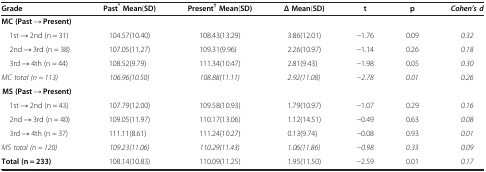
<table><thead><tr><td><b>Grade</b></td><td><b>Past<sup>*</sup>Mean(SD)</b></td><td><b>Present<sup>†</sup>Mean(SD)</b></td><td><b>Δ Mean(SD)</b></td><td><b>t</b></td><td><b>p</b></td><td><b><i>Cohen’s d</i></b></td></tr></thead><tbody><tr><td><b>MC (Past → Present)</b></td><td> </td><td> </td><td> </td><td> </td><td> </td><td> </td></tr><tr><td> 1st <b>→</b> 2nd (n = 31)</td><td>104.57(10.40)</td><td>108.43(13.29)</td><td>3.86(12.01)</td><td>−1.76</td><td>0.09</td><td><i>0.32</i></td></tr><tr><td> 2nd <b>→</b> 3rd (n = 38)</td><td>107.05(11.27)</td><td>109.31(9.96)</td><td>2.26(10.97)</td><td>−1.14</td><td>0.26</td><td><i>0.18</i></td></tr><tr><td> 3rd <b>→</b> 4th (n = 44)</td><td>108.52(9.79)</td><td>111.34(10.47)</td><td>2.81(9.43)</td><td>−1.98</td><td>0.05</td><td><i>0.30</i></td></tr><tr><td><i>MC total (n = 113)</i></td><td><i>106.96(10.50)</i></td><td><i>108.88(11.11)</i></td><td><i>2.92(11.08)</i></td><td><i>−2.78</i></td><td><i>0.01</i></td><td><i>0.26</i></td></tr><tr><td><b>MS (Past → Present)</b></td><td> </td><td> </td><td> </td><td> </td><td> </td><td> </td></tr><tr><td> 1st <b>→</b> 2nd (n = 43)</td><td>107.79(12.00)</td><td>109.58(10.93)</td><td>1.79(10.97)</td><td>−1.07</td><td>0.29</td><td><i>0.16</i></td></tr><tr><td> 2nd <b>→</b> 3rd (n = 40)</td><td>109.05(11.97)</td><td>110.17(13.06)</td><td>1.12(14.51)</td><td>−0.49</td><td>0.63</td><td><i>0.08</i></td></tr><tr><td> 3rd <b>→</b> 4th (n = 37)</td><td>111.11(8.61)</td><td>111.24(10.27)</td><td>0.13(9.74)</td><td>−0.08</td><td>0.93</td><td><i>0.01</i></td></tr><tr><td><i>MS total (n = 120)</i></td><td><i>109.23(11.06)</i></td><td><i>110.29(11.43)</i></td><td><i>1.06(11.86)</i></td><td><i>−0.98</i></td><td><i>0.33</i></td><td><i>0.09</i></td></tr><tr><td><b>Total (n = 233)</b></td><td>108.14(10.83)</td><td>110.09(11.25)</td><td>1.95(11.50)</td><td>−2.59</td><td>0.01</td><td><i>0.17</i></td></tr></tbody></table>